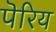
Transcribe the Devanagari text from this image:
पॆरिय